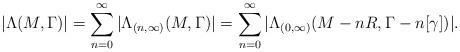
LaTeX: \begin{align*} |\Lambda(M,\Gamma)|=\sum_{n=0}^{\infty}|\Lambda_{(n,\infty)}(M,\Gamma)|=\sum_{n=0}^{\infty}|\Lambda_{(0,\infty)}(M-nR,\Gamma-n[\gamma])|.\end{align*}